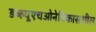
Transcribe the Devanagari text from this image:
डब्‍ल्‍यूएचओनेविकासशील